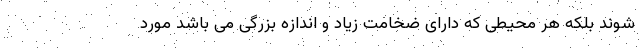
شوند بلکه هر محیطی که دارای ضخامت زیاد و اندازه بزرگی می باشد مورد